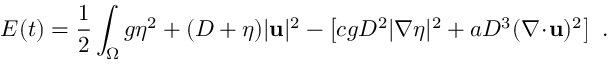
E ( t ) = \frac { 1 } { 2 } \int _ { \Omega } g \eta ^ { 2 } + ( D + \eta ) | \mathbf { u } | ^ { 2 } - \left[ c g D ^ { 2 } | \nabla \eta | ^ { 2 } + a D ^ { 3 } ( \nabla \! \cdot \! \mathbf { u } ) ^ { 2 } \right] \ .